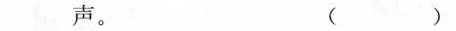
声。 ( )